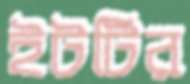
ইটটির